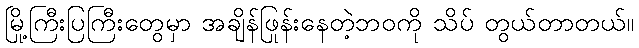
မြို့ကြီးပြကြီးတွေမှာ အချိန်ဖြုန်းနေတဲ့ဘဝကို သိပ် တွယ်တာတယ်။